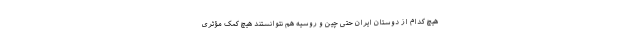
هیچ کدام از دوستان ایران حتی چین و روسیه هم نتوانستند هیچ کمک مؤثری